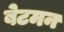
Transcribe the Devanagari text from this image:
बेटमन